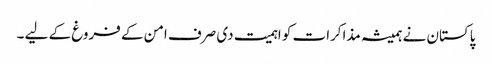
پاکستان نے ہمیشہ مذاکرات کو اہمیت دی صرف امن کے فروغ کے لیے ۔